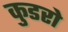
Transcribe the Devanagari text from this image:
कुडरो